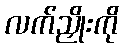
လက်ညှိုးကို